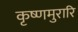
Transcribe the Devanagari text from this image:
कृष्णमुरारि